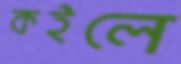
কইলে